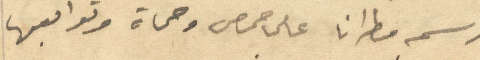
رسمه مطرانا على حمص وحماة وتوابعها